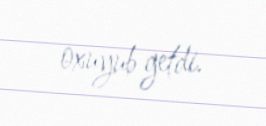
oxuyub getdi.